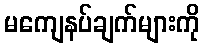
မကျေနပ်ချက်များကို